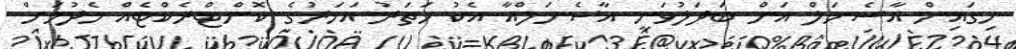
ހިގައިން އާސެނަލް އަށް ބަދަލުވަނީ އާސެނަލްއާ އެކު ހަތަރު އަހަރުގެ ކޮންޓްރެކްޓެއް ހެދުމަށް